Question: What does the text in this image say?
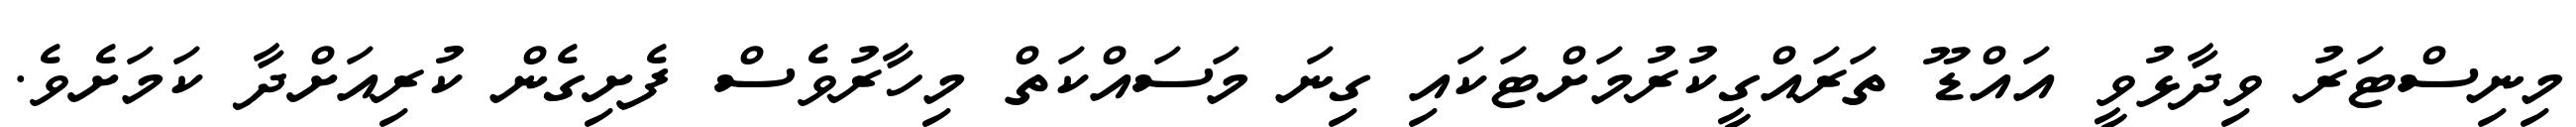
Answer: މިނިސްޓަރު ވިދާޅުވީ އައްޑޫ ތަރައްގީކުރުމަށްޓަކައި ގިނަ މަސައްކަތް މިހާރުވެސް ފެށިގެން ކުރިއަށްދާ ކަމަށެވެ.